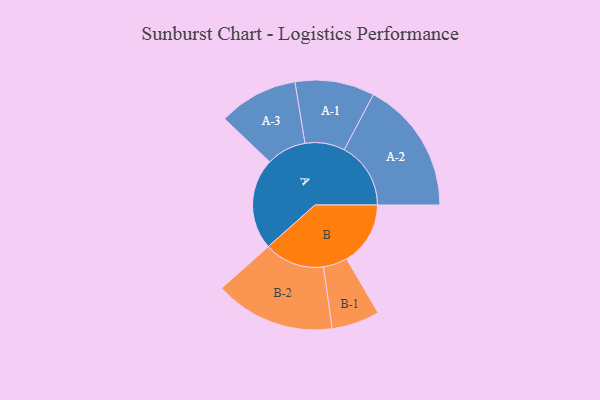
{"axis": {"x": "Segment", "y": "Value"}, "legend": ["", "A", "B"], "data": [{"x": "A", "y": 402, "type": ""}, {"x": "B", "y": 281, "type": ""}, {"x": "A-1", "y": 175, "type": "A"}, {"x": "A-2", "y": 293, "type": "A"}, {"x": "A-3", "y": 175, "type": "A"}, {"x": "B-1", "y": 106, "type": "B"}, {"x": "B-2", "y": 265, "type": "B"}]}